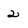
Character: 2